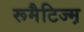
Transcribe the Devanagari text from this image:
रूमैटिज्म़